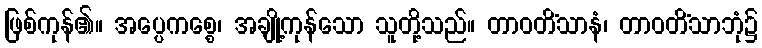
ဖြစ်ကုန်၏။ အပ္ပေကစ္စေ၊ အချို့ကုန်သော သူတို့သည်။ တာဝတိံသာနံ၊ တာဝတိံသာဘုံ၌